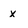
Character: x